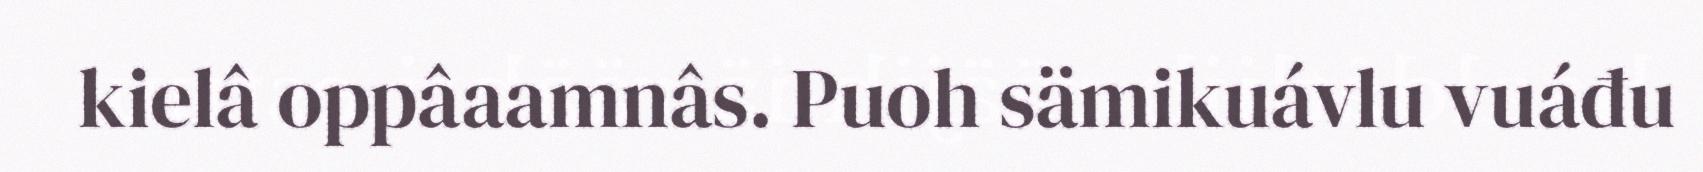
kielâ oppâaamnâs. Puoh sämikuávlu vuáđu